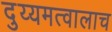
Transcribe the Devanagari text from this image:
दुय्यमत्वालाच